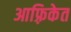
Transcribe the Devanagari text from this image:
आफ़्रिकेत